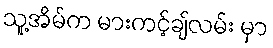
သူ့အိမ်က မားကင့်ချ်လမ်း မှာ